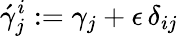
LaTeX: {\acute{\gamma}_{j}^{i}}:=\gamma_{j}+\epsilon\, \delta_{ij}